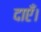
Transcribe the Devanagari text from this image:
दाएँ।